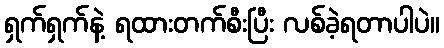
ရှက်ရှက်နဲ့ ရထားတက်စီးပြီး လစ်ခဲ့ရတာပါပဲ။